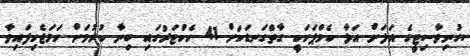
ޔުނިވާސިޓީގެ އަލަށް އަޅާ ކެމްޕަހަކީ ގާތްގަނޑަކަށް 41 ހެކްޓަރުގައި ބިނާ ކުރުމަށް ހަމަޖެހިފައިވާ